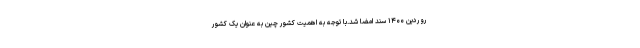
روردین ۱۴۰۰ سند امضا شد.با توجه به اهمیت کشور چین به عنوان یک کشور